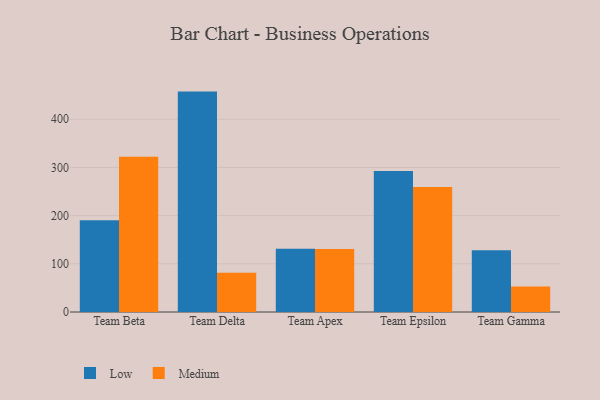
{"axis": {"x": "Team", "y": "Churn Rate (%)"}, "legend": ["Low", "Medium"], "data": [{"x": "Team Beta", "y": 190.3, "type": "Low"}, {"x": "Team Beta", "y": 322.2, "type": "Medium"}, {"x": "Team Delta", "y": 457.4, "type": "Low"}, {"x": "Team Delta", "y": 81.4, "type": "Medium"}, {"x": "Team Apex", "y": 131.1, "type": "Low"}, {"x": "Team Apex", "y": 130.6, "type": "Medium"}, {"x": "Team Epsilon", "y": 292.7, "type": "Low"}, {"x": "Team Epsilon", "y": 259.5, "type": "Medium"}, {"x": "Team Gamma", "y": 128.0, "type": "Low"}, {"x": "Team Gamma", "y": 53.0, "type": "Medium"}]}